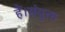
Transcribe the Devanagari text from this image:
हैं।संयुक्त